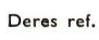
Deres ref.